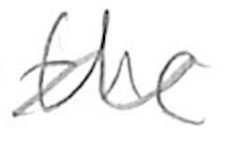
Text: the
Cross-out: wave
Writing tool: pencil